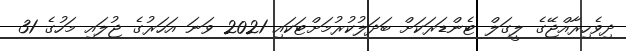
ދިވެހިރާއްޖޭގެ ލީގަލް ޓެންޑަރަކަށް ބަދަލުކުރުމަށްޓަކައި 2021 ވަނަ އަހަރުގެ ޖުލައި މަހުގެ 31